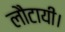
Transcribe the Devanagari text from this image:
लौटायी।